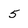
Character: 5